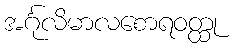
အင်္ဂုလိမာလစောရဝတ္ထု